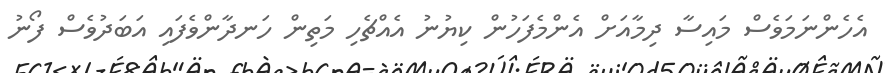
އެހެންނަމަވެސް މައިސާ ދިމާއަށް އެންމެފަހުން ކިޔުނު އެއްޗެހި މަތިން ހަނދާންވެފައި އަބަދުވެސް ފޯނު